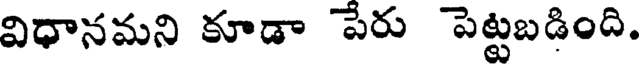
విధానమని కూడా పేరు పెట్టబడింది.